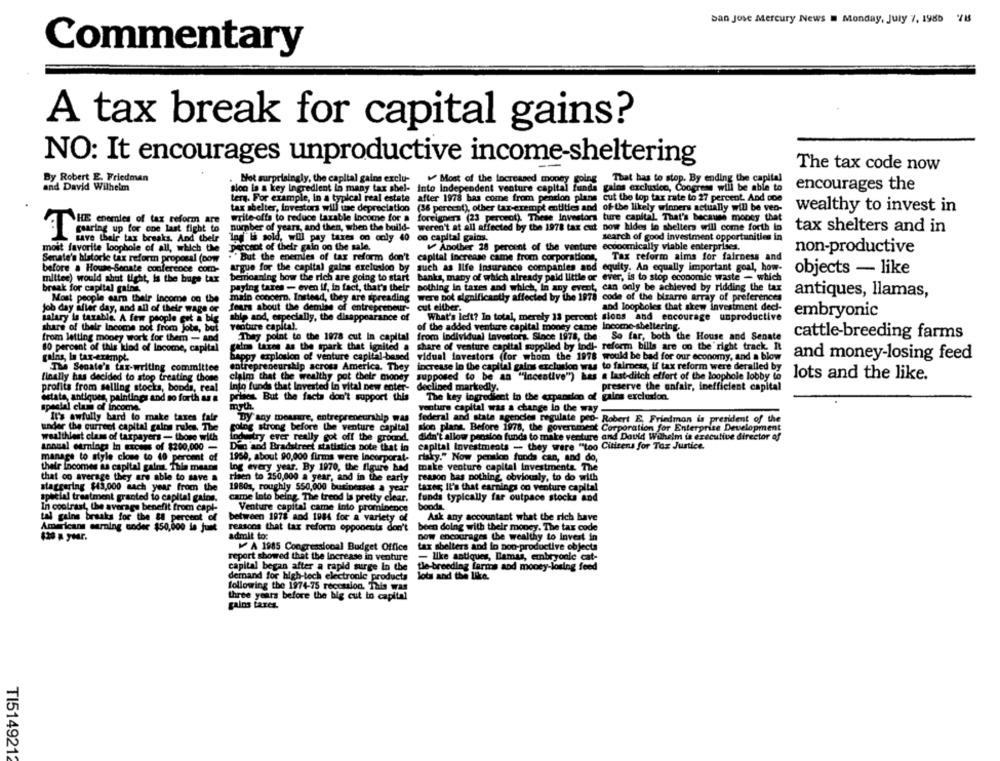
San Jose Mercury News = Monday, July 7, 1985 7IS
Commentary
A tax break for capital gains?
NO: It encourages unproductive income-sheltering
The tax code now
By Robert E. Friedman
Not surprisingly, the capital gains exclu-
Most of the Increased money going
That has to stop. By ending the capital
and David Wilhelm
sion la a key Ingredient in many tax shel- Into Independent venture capital funds gains exclusion, Congress will be able to
encourages the
ters. For example, in a typical real estate after 1978 has come from pension plans cut the top tax rate to 27 percent. And one
tax shelter, investors will use depreciation (36 percent), other tax-exempt entities and of the likely winners actually will be veo-
wealthy to invest in
write-offs to reduce taxable Income for a foreigners (23 percent). These Investors ture capital. That's because money that
HOE enemies of tax reform are
number of years, and then, when the build- weren't at all affected by the 1978 tax cut now hides in shelters will come forth in
tax shelters and in
Ing" Is sold, will pay taxes on only 40 oo capital gains.
search of good investment opportunities in
paring up for one last fight to
save their tax breaks, And their
moit favorite loophole of all, which the
percent of their gain on the sale.
Another 28 percent of the venture economically viable enterprises.
non-productive
Senate's historie tax reform proposal (pow
. "But the enemies of tax reform don't capital increase came from corporations,
Tax reform aims for fairness and
argue for the capital gains exclusion by such as life insurance companies and equity. An equally important goal, how-
before a House-Senate conference com-
objects - like
mittee) would shut tight, is the bugs tax
bemoaning bow the rich are going to start banks, many of which already paid little or ever, is to stop economie waste - which
braak for capital gains
paying taxes - even if, in fact, that's their
pothing in taxes and which, in any event, can only be achieved by ridding the tax
Most people earn their income on the main concern. Instead, they are spreading were not significantly affected by the 1978 code of the bizarre array of preferences
antiques, llamas,
Job day after day, and all of their wage or
feurs about the demise of entrepreneur-
cut either.
and loopholes that skew investment decl-
embryonic
salary la taxable. A few people get a big
ship and, especially, the disappearance of
What's left? In total, merely 13 percent sions and encourage unproductive
share of their Income not from jobs, but
venture capital.
of the added venture capital money came Income-sheltering.
EThay point to the 1978 cut In capital from individual Investors. Since 1978, the So far, both the House and Senate
cattle-breeding farms
from letting money work for them - and
60 percent of this kind of Income, capital
gains taxes as the spark that ignited a
share of venture capital supplied by indi- reform bills are on the right track. It
gains, la tax-exempt.
Sappy explosion of venture capital-based vidual investors (for whom the 1978 would be bad for our economy, and a blow
and money-losing feed
entrepreneurship across America. They increase In the capital gains exclusion was to fairness, if tax reform were deralled by
The Senate's tax-writing committee
finally has decided to stop treating those
claim that the wealthy pot their money
supposed to be an "Incentive") has a last-ditch effort of the loophole lobby to
lots and the like.
profits from selling stocks, bonds, real
Into funds that Invested In vital new enter-
declined markedly.
preserve the unfair, inefficient capital
The key ingredient in the expansion of gains exclusion.
estate, antiques, paintings and so forth a a
prises. But the facts don't support this
special clam of income.
myth.
venture capital was a change in the way .
It's awfully bard to make taxes fair
Dy any measure, entrepreneurship was
federal and state agencies regulate peo- Robert E, Friedmon is president of the
under the current capital gains rules. The
going strong before the venture capital
slog plans. Before 1978, the government Corporation for Enterprise Development
wealthiest class of taxpayers - those with
Industry ever really got off the ground.
didn't allow pension funds to make venture and David Wilhelm is executive director of
annual earnings In excess of $200,000 -
Din and Bradstreet statistics note that in capital investments - they were "too Citizens for Tax Justice.
manage to style close to 40 percent of
1950, about 90,000 firms were Incorporat- risky." Now pension funds can, and do,
their incomes as capital gain. This means
Ing every year. By 1970, the figure had toake venture capital Investments. The
that co average they are able to save a
risen to 250,000 a year, and in the early
reason bas pothing obviously, to do with
staggering $43,000 nach year from the
1980s, roughly 550,000 businesses a year
taxes It's that earnings co venture capital
special treatment granted to capital gains.
came Into being. The trend Is pretty clear.
funds typically far outpace stocks and
In contrast, the average benefit from capi-
Venture capital came into prominence
booda.
tal gains breaks for the &8 percent of
between 1978 and 1984 for a variety of
Ask any accountant what the rich have
Americans surning soder $50,000 is just
reasons that tax reform opponents don't
been doing with their money. The tax code
admit to:
now encourages the wealthy to Invest in
A 1985 Congressional Budget Office
tax shelters and io poo-productive objects
- like antiques, Damas, embryonic cat-
report showed that the Increase in venture
capital began after a rapid surge in the
tle-breeding farms and money-losing feed
dernand for high-tech electronle products lots and the like.
following the 1974-75 recession. This was
three years before the big cut in capital
gains taxes.
TI5149212